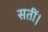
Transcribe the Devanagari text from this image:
सतीं।